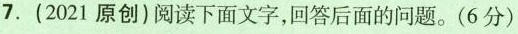
7.(2021原创)阅读下面文字，回答后面的问题。(6分)